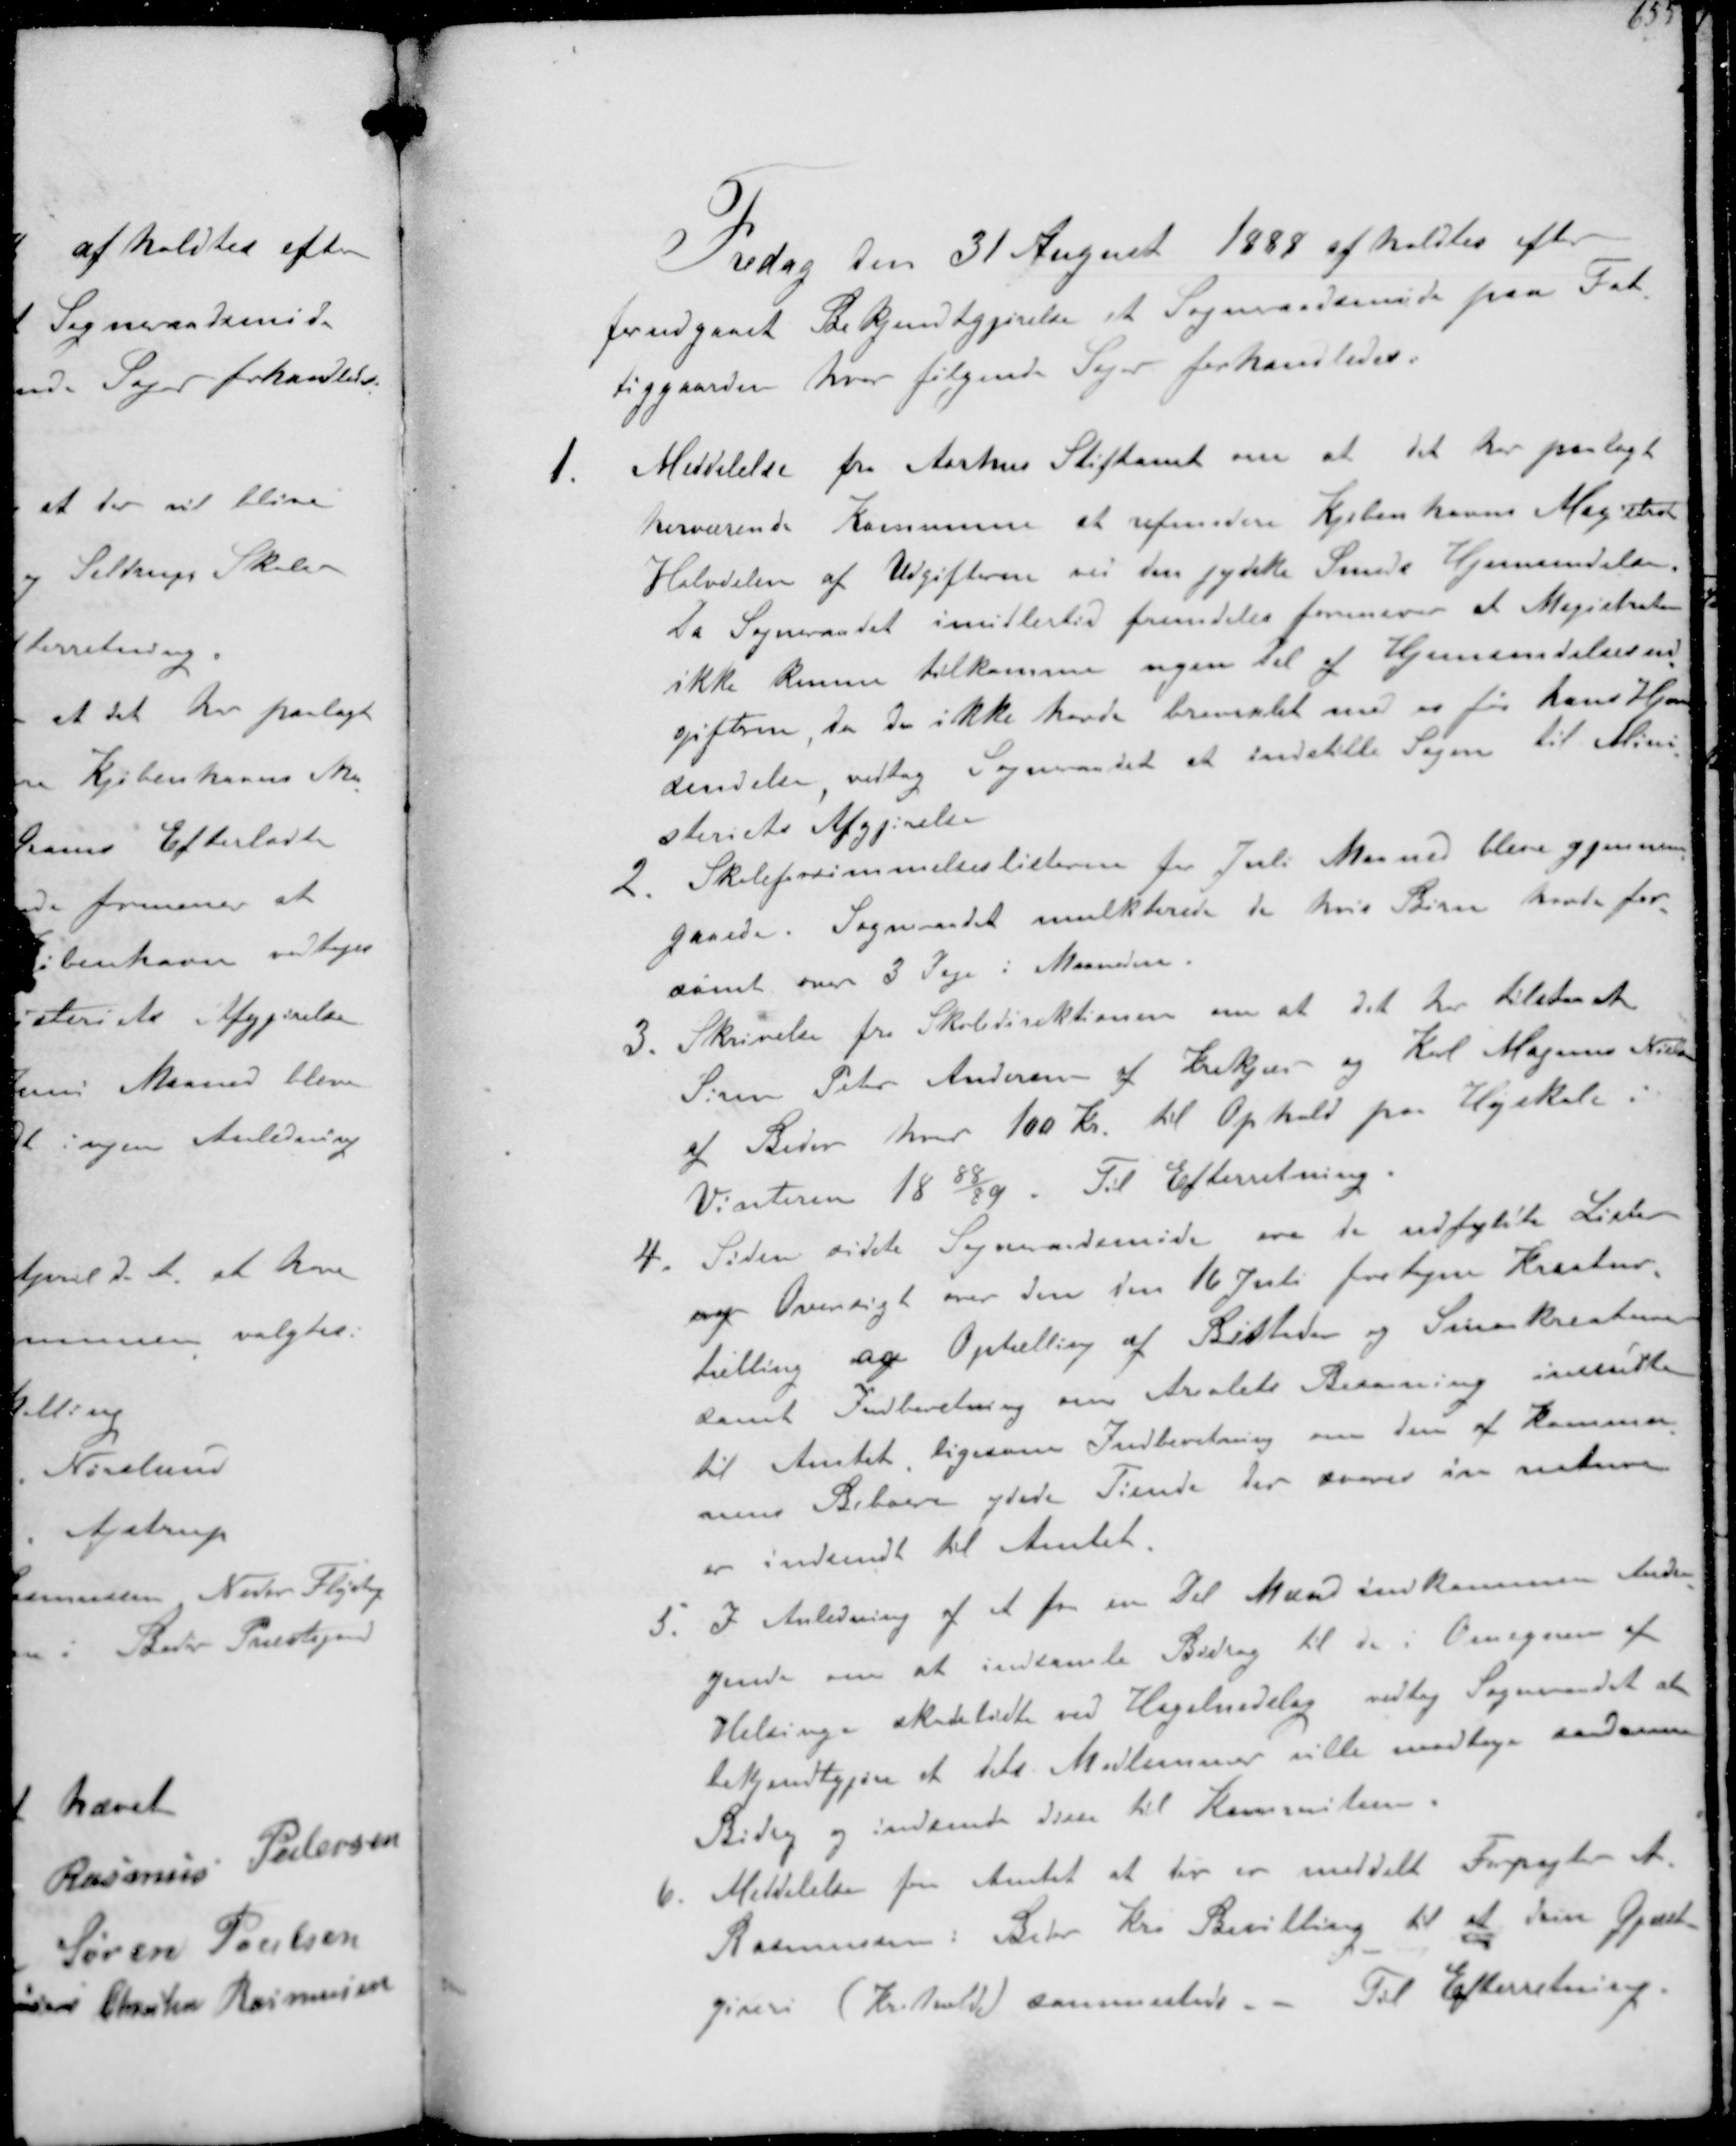
Transskription:
Fredag den 31 August 1888 afholdtes efter
forudgaaet Bekjendtgørelse et Sogneraadsmøde paa Fat-
tiggaarden hvor følgende Sager forhandledes.
1. Meddelelse fra Aarhus Stiftamt om at det har paalagt
herværende Kommune at refundere Københavns Magistrat
Halvdelen af Udgifterne vil den jydske Smeds Hjemsendelse
Da Sogneraadet imidlertid fremdeles formener at Magistraten
ikke kunne tilkomme nogen Del af Hjemsendelsesud-
gifterne da de ikke havde brevexlet med os før hans Hjem-
dendelse vedtog Sogneraadet at indstille Sagen til Mini-
steriets Afgørelse
2 Skoleforsømmelseslisterne for Juli Maaned blev gjennem-
gaaede. Sogneraadet mulkterede de hvis Børn havde for-
sømt over 3 Dage i Maaneden
3. Skrivelse fra Skoledirektionen om at det har tilstaaet
Søren Peter Andersen af Krekær og Karl Marius Nielsen
af Beder hver 100 Kr til Ophold paa Højskole i
Vinteren 1888/89. Til Efterretning.
4. Siden sidste Sogneraadsmøde ere de udfyldte Lister
og Oversigt over den den 16 Juli foretagne Kreatur-
tælling om Optælling af Bistader og Smaakreaturer
samt Indberetning om Arealets Besaaning indsendt
til Amtet ligesom Indberetning om den af Kommu-
nens Beboere ydede Tiende der derover in nature
er indsendt til Amtet.
5. I Anledning af et fra en Del Mænd indkommen Andra-
gende om at indsamle Bidrag til de i Omegnen af
Helsinge skadelidte ved Hagelnedslag vedtog Sogneraadet at
bekjendtgøre at dets Medlemmer ville modtage saadanne
Bidrag og indsende dem til Kommiteen.
6. Meddelelse fra Amtet at der er meddelt Forpagter A.
Rasmussen i Beder Kro Bevilling til at drive Gjæst-
giveri (Krohold) sammesteds - Til Efterretning